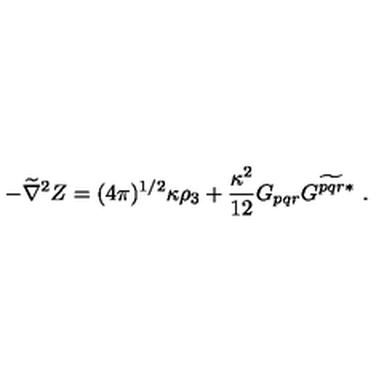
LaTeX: - \widetilde \nabla ^ { 2 } Z = ( 4 \pi ) ^ { 1 / 2 } \kappa \rho _ { 3 } + \frac { \kappa ^ { 2 } } { 1 2 } G _ { p q r } G ^ { \widetilde { p q r } * } \ .